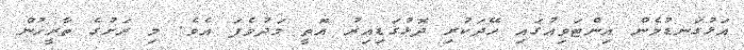
އަޅުގަނޑުމެން އިންޓަވިއުގައި ހޭދަކުރި ދޮޅުގަޑިއިރު އޮތީ މަދުވެފަ އެވެ. މި ރަށުގެ ތާރީޚުން